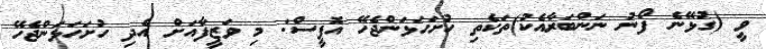
ވީ (ގުޅޭނެ ފޯނު ނަންބަރާއެކު)ތަކެތި ހުށަހަޅަންޖެހޭ އޮފީސް: މި ވަޒީފާއަށް އެދި ހުށަހަޅަންޖެހޭ